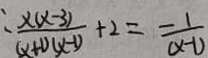
: \frac { x ( x - 3 ) } { ( x + 1 ) ( x - 1 ) } + 2 = \frac { 1 } { ( x - 1 ) }